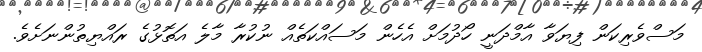
މަސްވެރިކަން ފިޔަވާ އާމްދަނީ ހޯދުމަށް އެހެން މަސައްކަތެއް ނުކުރާ މާލެ އަތޮޅުގެ ރައްޔިތުންނަށެވެ.